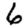
Digit: 6